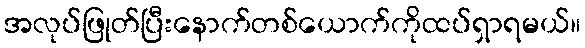
အလုပ်ဖြုတ်ပြီးနောက်တစ်ယောက်ကိုထပ်ရှာရမယ်။